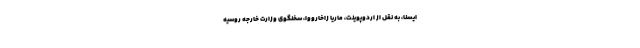
ایسنا، به نقل از اردوپوینت، ماریا زاخارووا، سخنگوی وزارت خارجه روسیه